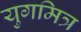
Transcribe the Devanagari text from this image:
युगमित्र